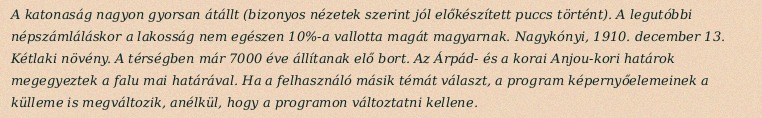
A katonaság nagyon gyorsan átállt (bizonyos nézetek szerint jól előkészített puccs történt). A legutóbbi népszámláláskor a lakosság nem egészen 10%-a vallotta magát magyarnak. Nagykónyi, 1910. december 13. Kétlaki növény. A térségben már 7000 éve állítanak elő bort. Az Árpád- és a korai Anjou-kori határok megegyeztek a falu mai határával. Ha a felhasználó másik témát választ, a program képernyőelemeinek a külleme is megváltozik, anélkül, hogy a programon változtatni kellene.